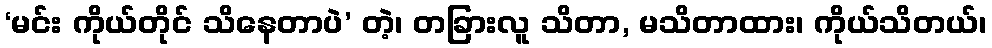
‘မင်း ကိုယ်တိုင် သိနေတာပဲ’ တဲ့၊ တခြားလူ သိတာ, မသိတာထား၊ ကိုယ်သိတယ်၊